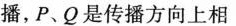
播，P、Q是传播方向上相